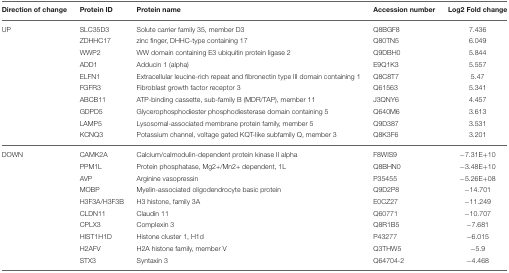
<table><thead><tr><td><b>Direction of change</b></td><td><b>Protein ID</b></td><td><b>Protein name</b></td><td><b>Accession number</b></td><td><b>Log2 Fold change</b></td></tr></thead><tbody><tr><td>UP</td><td>SLC35D3</td><td>Solute carrier family 35, member D3</td><td>Q8BGF8</td><td>7.436</td></tr><tr><td></td><td>ZDHHC17</td><td>zinc finger, DHHC-type containing 17</td><td>Q80TN5</td><td>6.049</td></tr><tr><td></td><td>WWP2</td><td>WW domain containing E3 ubiquitin protein ligase 2</td><td>Q9DBH0</td><td>5.844</td></tr><tr><td></td><td>ADD1</td><td>Adducin 1 (alpha)</td><td>E9Q1K3</td><td>5.557</td></tr><tr><td></td><td>ELFN1</td><td>Extracellular leucine-rich repeat and fibronectin type III domain containing 1</td><td>Q8C8T7</td><td>5.47</td></tr><tr><td></td><td>FGFR3</td><td>Fibroblast growth factor receptor 3</td><td>Q61563</td><td>5.341</td></tr><tr><td></td><td>ABCB11</td><td>ATP-binding cassette, sub-family B (MDR/TAP), member 11</td><td>J3QNY6</td><td>4.457</td></tr><tr><td></td><td>GDPD5</td><td>Glycerophosphodiester phosphodiesterase domain containing 5</td><td>Q640M6</td><td>3.613</td></tr><tr><td></td><td>LAMP5</td><td>Lysosomal-associated membrane protein family, member 5</td><td>Q9D387</td><td>3.531</td></tr><tr><td></td><td>KCNQ3</td><td>Potassium channel, voltage gated KQT-like subfamily Q, member 3</td><td>Q8K3F6</td><td>3.201</td></tr><tr><td>DOWN</td><td>CAMK2A</td><td>Calcium/calmodulin-dependent protein kinase II alpha</td><td>F8WIS9</td><td>−7.31E+10</td></tr><tr><td></td><td>PPM1L</td><td>Protein phosphatase, Mg2+/Mn2+ dependent, 1L</td><td>Q8BHN0</td><td>−3.48E+10</td></tr><tr><td></td><td>AVP</td><td>Arginine vasopressin</td><td>P35455</td><td>−5.26E+08</td></tr><tr><td></td><td>MOBP</td><td>Myelin-associated oligodendrocyte basic protein</td><td>Q9D2P8</td><td>−14.701</td></tr><tr><td></td><td>H3F3A/H3F3B</td><td>H3 histone, family 3A</td><td>E0CZ27</td><td>−11.249</td></tr><tr><td></td><td>CLDN11</td><td>Claudin 11</td><td>Q60771</td><td>−10.707</td></tr><tr><td></td><td>CPLX3</td><td>Complexin 3</td><td>Q8R1B5</td><td>−7.681</td></tr><tr><td></td><td>HIST1H1D</td><td>Histone cluster 1, H1d</td><td>P43277</td><td>−6.015</td></tr><tr><td></td><td>H2AFV</td><td>H2A histone family, member V</td><td>Q3THW5</td><td>−5.9</td></tr><tr><td></td><td>STX3</td><td>Syntaxin 3</td><td>Q64704-2</td><td>−4.468</td></tr></tbody></table>